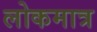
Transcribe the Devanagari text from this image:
लोकमात्र